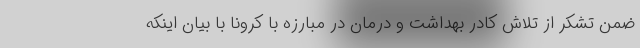
ضمن تشکر از تلاش کادر بهداشت و درمان در مبارزه با کرونا با بیان اینکه